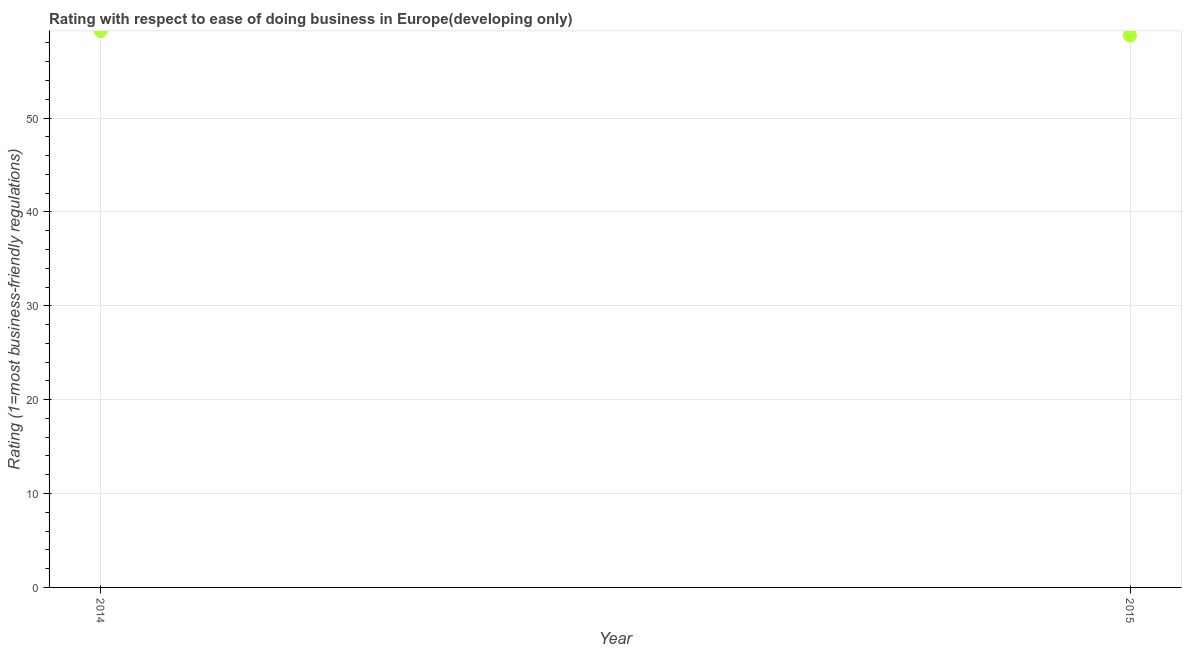
| Year | Ease of doing business index |
 | --- | --- |
 | 2014 | 59.3 |
 | 2015 | 58.8 |